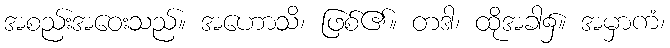
အစည်းအဝေးသည်။ အဟောသိ၊ ဖြစ်၏။ တဒါ၊ ထိုအခါ၌။ အမှာကံ၊